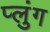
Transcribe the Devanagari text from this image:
प्लुंग